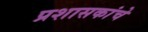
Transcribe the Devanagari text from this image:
प्रशासकांचे